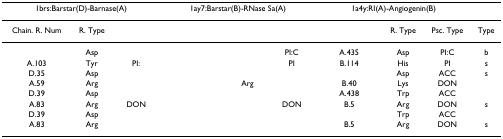
<table><thead><tr><td colspan="3"><b>1brs:Barstar(D)-Barnase(A)</b></td><td colspan="3"><b>1ay7:Barstar(B)-RNase Sa(A)</b></td><td colspan="3"><b>1a4y:RI(A)-Angiogenin(B)</b></td><td>[EMPTY_CELL]</td></tr></thead><tbody><tr><td>Chain. R. Num</td><td>R. Type</td><td>[EMPTY_CELL]</td><td>[EMPTY_CELL]</td><td>[EMPTY_CELL]</td><td>[EMPTY_CELL]</td><td>[EMPTY_CELL]</td><td>R. Type</td><td>Psc. Type</td><td>Type</td></tr><tr><td>[EMPTY_CELL]</td><td>Asp</td><td>[EMPTY_CELL]</td><td>[EMPTY_CELL]</td><td>[EMPTY_CELL]</td><td>PI:C</td><td>A.435</td><td>Asp</td><td>PI:C</td><td>b</td></tr><tr><td>A.103</td><td>Tyr</td><td>PI:</td><td>[EMPTY_CELL]</td><td>[EMPTY_CELL]</td><td>PI</td><td>B.114</td><td>His</td><td>PI</td><td>s</td></tr><tr><td>D.35</td><td>Asp</td><td>[EMPTY_CELL]</td><td>[EMPTY_CELL]</td><td>[EMPTY_CELL]</td><td>[EMPTY_CELL]</td><td>[EMPTY_CELL]</td><td>Asp</td><td>ACC</td><td>s</td></tr><tr><td>A.59</td><td>Arg</td><td>[EMPTY_CELL]</td><td>[EMPTY_CELL]</td><td>Arg</td><td>[EMPTY_CELL]</td><td>B.40</td><td>Lys</td><td>DON</td><td>[EMPTY_CELL]</td></tr><tr><td>D.39</td><td>Asp</td><td>[EMPTY_CELL]</td><td>[EMPTY_CELL]</td><td>[EMPTY_CELL]</td><td>[EMPTY_CELL]</td><td>A.438</td><td>Trp</td><td>ACC</td><td>[EMPTY_CELL]</td></tr><tr><td>A.83</td><td>Arg</td><td>DON</td><td>[EMPTY_CELL]</td><td>[EMPTY_CELL]</td><td>DON</td><td>B.5</td><td>Arg</td><td>DON</td><td>s</td></tr><tr><td>D.39</td><td>Asp</td><td>[EMPTY_CELL]</td><td>[EMPTY_CELL]</td><td>[EMPTY_CELL]</td><td>[EMPTY_CELL]</td><td>[EMPTY_CELL]</td><td>Trp</td><td>ACC</td><td>[EMPTY_CELL]</td></tr><tr><td>A.83</td><td>Arg</td><td>[EMPTY_CELL]</td><td>[EMPTY_CELL]</td><td>[EMPTY_CELL]</td><td>[EMPTY_CELL]</td><td>B.5</td><td>Arg</td><td>DON</td><td>s</td></tr></tbody></table>